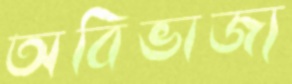
অবিভাজ্য